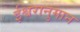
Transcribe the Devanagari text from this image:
ईश्वरानुमान